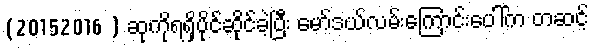
(20152016 ) ဆုကိုရရှိပိုင်ဆိုင်ခဲ့ပြီး မော်ဒယ်လမ်းကြောင်းပေါ်က တဆင့်